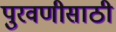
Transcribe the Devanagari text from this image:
पुरवणीसाठी